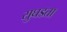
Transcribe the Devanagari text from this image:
सुघडता